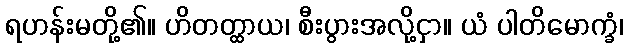
ရဟန်းမတို့၏။ ဟိတတ္ထာယ၊ စီးပွားအလို့ငှာ။ ယံ ပါတိမောက္ခံ၊